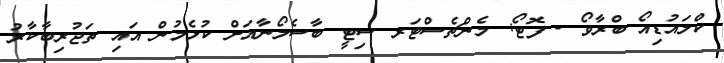
ކްލައުޑިއޯ ބްރާވޯ - ފޮޓޯ: މެންޗެސްޓަރ ސިޓީ ބާސެލޯނާއަށް ކުޅެމުން އައި ތަޖުރިބާކާރު